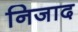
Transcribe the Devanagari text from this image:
निजाद